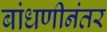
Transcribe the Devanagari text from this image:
बांधणीनंतर